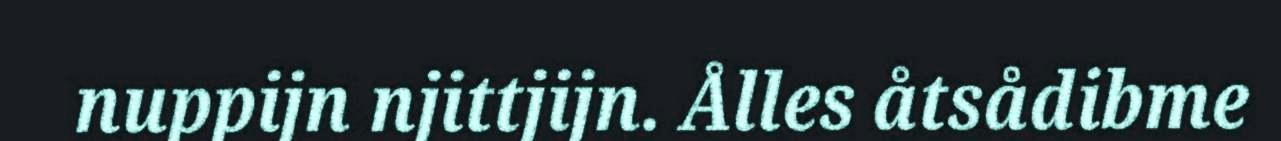
nuppijn njittjijn. Ålles åtsådibme